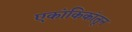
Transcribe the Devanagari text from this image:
एकांकिकांतून